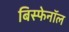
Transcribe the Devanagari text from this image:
बिस्फेनॉल